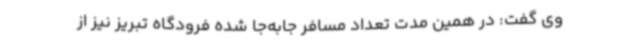
وی گفت: در همین مدت تعداد مسافر جابه‌جا شده فرودگاه تبریز نیز از